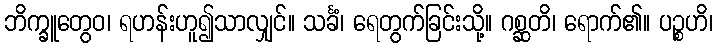
ဘိက္ခူတွေဝ၊ ရဟန်းဟူ၍သာလျှင်။ သင်္ခံ၊ ရေတွက်ခြင်းသို့။ ဂစ္ဆတိ၊ ရောက်၏။ ပဉ္စဟိ၊